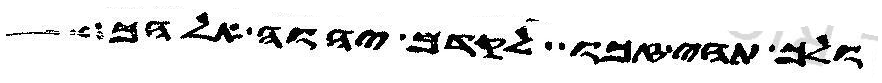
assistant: ולך תהי זכו לקדם יהוה אלהך